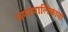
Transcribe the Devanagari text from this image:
नगरपालिकायों